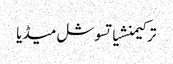
ترکیمنشیاتسوشل میڈیا